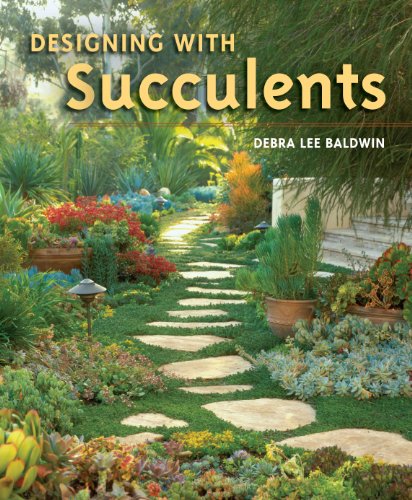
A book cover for Designing with Succulents; Debra Lee Baldwin; Crafts, Hobbies & Home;